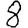
Digit: 8